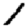
Digit: 1